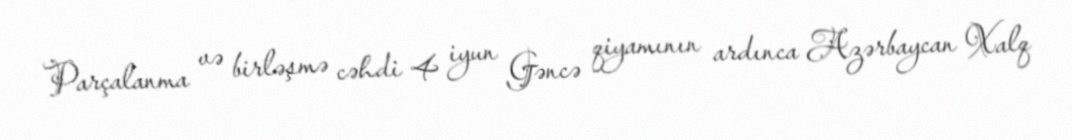
Parçalanma və birləşmə cəhdi 4 iyun Gəncə qiyamının ardınca Azərbaycan Xalq